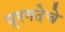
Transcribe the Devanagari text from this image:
प्रमदेचे